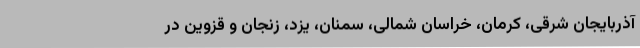
آذربایجان شرقی، کرمان، خراسان شمالی، سمنان، یزد، زنجان و قزوین در